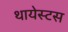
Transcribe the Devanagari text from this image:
थायेस्टस